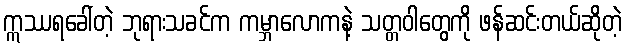
ဣဿရခေါ်တဲ့ ဘုရားသခင်က ကမ္ဘာလောကနဲ့ သတ္တဝါတွေကို ဖန်ဆင်းတယ်ဆိုတဲ့